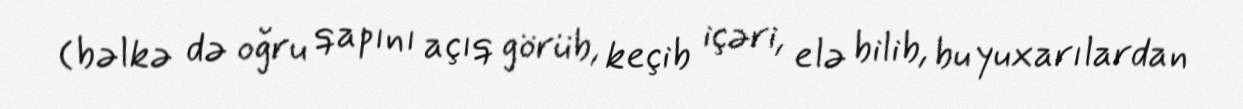
(bəlkə də oğru qapını açıq görüb, keçib içəri, elə bilib, bu yuxarılardan